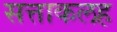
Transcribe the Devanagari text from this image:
सत्ताकलह